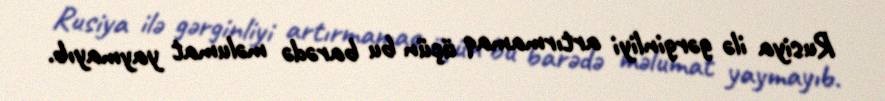
Rusiya ilə gərginliyi artırmamaq üçün bu barədə məlumat yaymayıb.